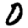
Digit: 0